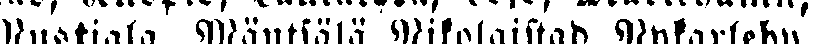
Mustiala. Mäntsälä, Nikolaistad, Nykarleby,